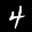
Label: 4